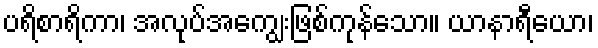
ပရိစာရိကာ၊ အလုပ်အကျွေးဖြစ်ကုန်သော။ ယာနာရီယော၊